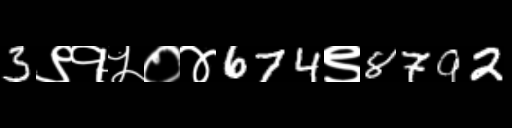
Text: 3९१५०४674९8792